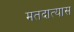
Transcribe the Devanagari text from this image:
मतदात्यास